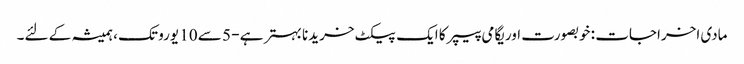
مادی اخراجات : خوبصورت اوریگامی پیپر کا ایک پیکٹ خریدنا بہتر ہے - 5 سے 10 یورو تک ، ہمیشہ کے لئے۔